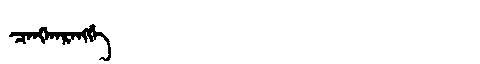
Manchu: ᠴᠠᠩᡴᠠᡵᠠᠩᡤᡝ
Romanization: CANGKARANGGE